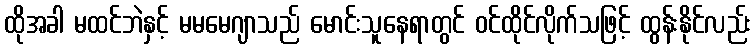
ထိုအခါ မထင်ဘဲနှင့် မမမေဂျာသည် မောင်းသူနေရာတွင် ဝင်ထိုင်လိုက်သဖြင့် ထွန်းနိုင်လည်း